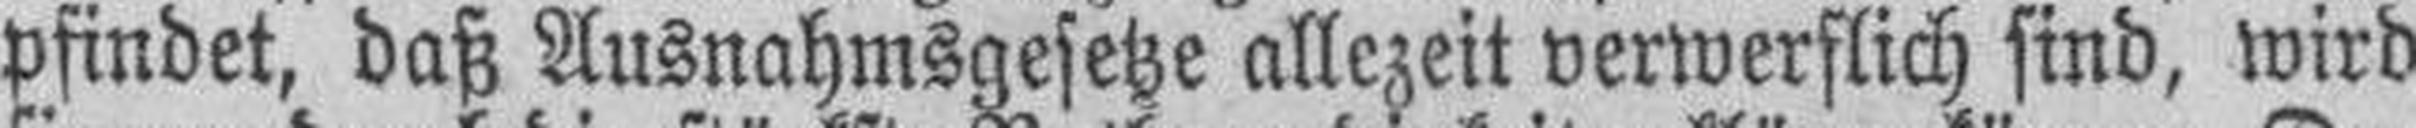
pfindet, daß Ausnahmsgesetze allezeit verwerflich sind, wird